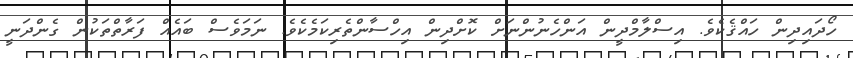
ހޯދައިދިން ހައްޤެކެވެ. އިސްލާމްދީން އަންހެނުންނަށް ކޮށްދިން އިހްސާންތެރިކަމެކެވެ. ނަމަވެސް ބައެއް ފަރާތްތަކުން ގެންދަނީ